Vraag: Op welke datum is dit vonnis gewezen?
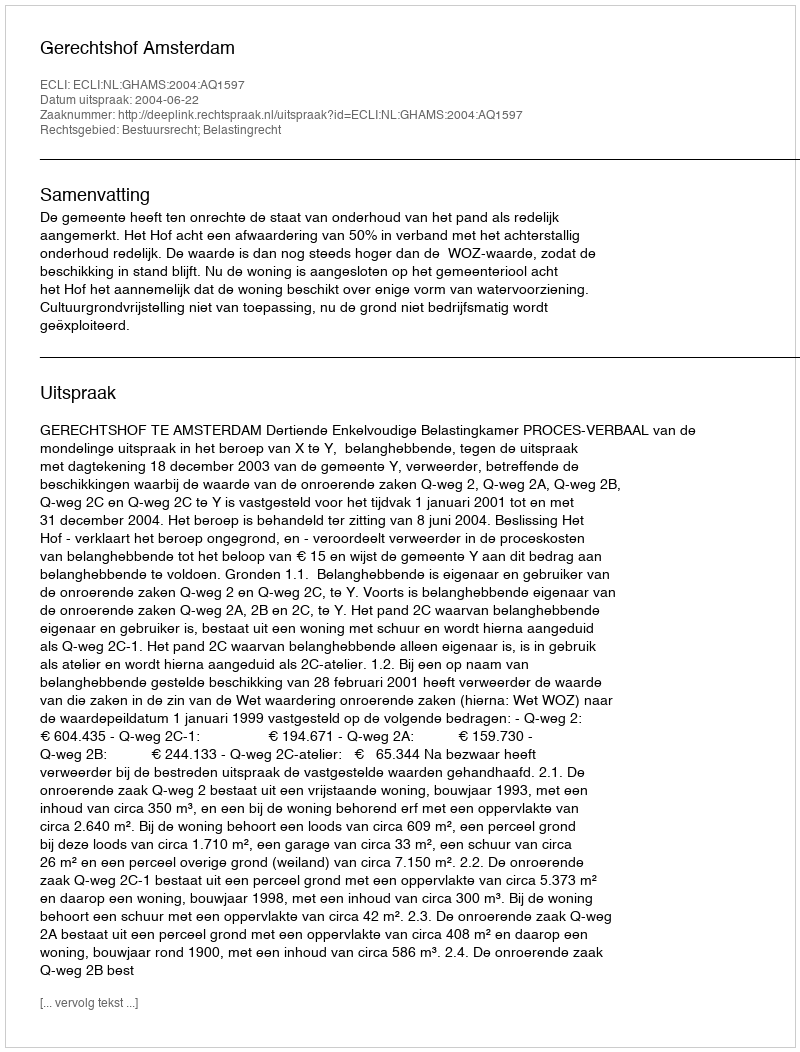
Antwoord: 2004-06-22